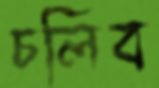
চলিব